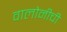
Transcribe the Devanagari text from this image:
वालोनीची